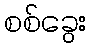
စစ်ခွေး